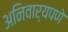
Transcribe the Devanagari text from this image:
अनिवार्यपणे